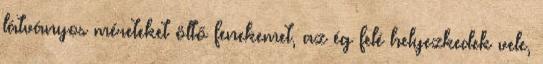
látványos méreteket öltő fenekemet, az ég felé helyezkedek vele,